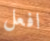
افعل